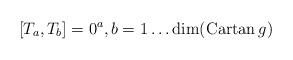
LaTeX: \begin{align*}[T_a , T_b]= 0 \sp a ,b = 1 \ldots {\rm dim}({\rm Cartan}\,g)\end{align*}